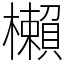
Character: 櫴